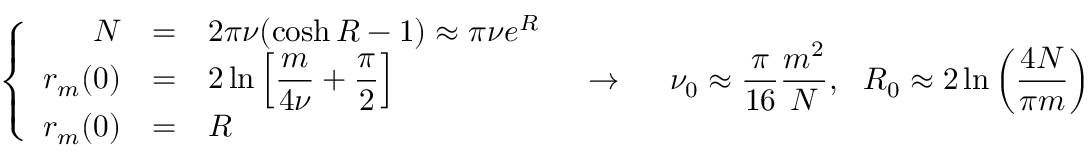
\left\{ \begin{array} { r l l } { N } & { = } & { 2 \pi \nu ( \cosh R - 1 ) \approx \pi \nu e ^ { R } \medskip } \\ { r _ { m } ( 0 ) } & { = } & { \displaystyle 2 \ln \left[ \frac { m } { 4 \nu } + \frac { \pi } { 2 } \right] \medskip } \\ { r _ { m } ( 0 ) } & { = } & { R } \end{array} \right. \ \ \rightarrow \ \ \ \ \nu _ { 0 } \approx \frac { \pi } { 1 6 } \frac { m ^ { 2 } } { N } , \ \ R _ { 0 } \approx 2 \ln \left( \frac { 4 N } { \pi m } \right)